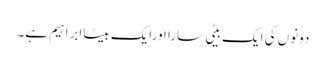
دونوں کی ایک بیٹی سارا اورایک بیٹاابراہیم ہے۔